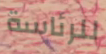
للرئاسة